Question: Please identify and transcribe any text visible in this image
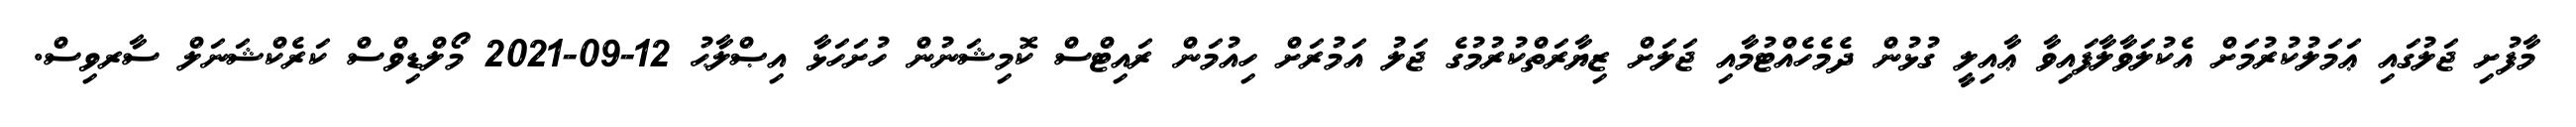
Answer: މާފުށި ޖަލުގައި ޢަމަލުކުރުމަށް އެކުލަވާލާފައިވާ ޢާއިލީ ގުޅުން ދެމެހެއްޓުމާއި ޖަލަށް ޒިޔާރަތްކުރުމުގެ ޖަލު އަމުރަށް ހިއުމަން ރައިޓްސް ކޮމިޝަނުން ހުށަހަޅާ އިޞްލާޙު 12-09-2021 މޯލްޑިވްސް ކަރެކްޝަނަލް ސާރވިސް.